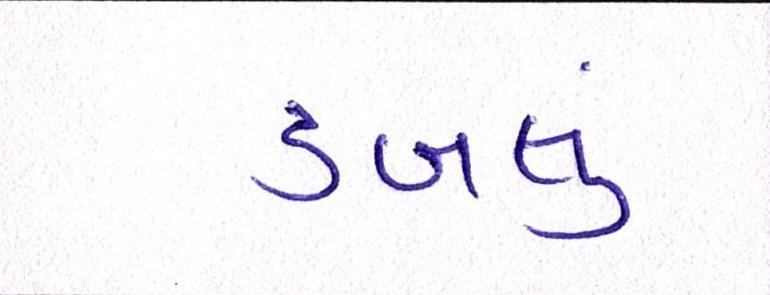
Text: ડબલું